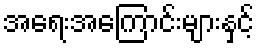
အရေးအကြောင်းများနှင့်